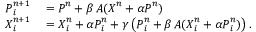
\begin{array} { r l } { \ensuremath { \boldsymbol { P } } _ { i } ^ { n + 1 } } & { { } = \ensuremath { \boldsymbol { P } } ^ { n } + \beta \, \ensuremath { \boldsymbol { A } } ( \ensuremath { \boldsymbol { X } } ^ { n } + \alpha \ensuremath { \boldsymbol { P } } ^ { n } ) } \\ { \ensuremath { \boldsymbol { X } } _ { i } ^ { n + 1 } } & { { } = \ensuremath { \boldsymbol { X } } _ { i } ^ { n } + \alpha \ensuremath { \boldsymbol { P } } _ { i } ^ { n } + \gamma \left( \ensuremath { \boldsymbol { P } } _ { i } ^ { n } + \beta \, \ensuremath { \boldsymbol { A } } ( \ensuremath { \boldsymbol { X } } _ { i } ^ { n } + \alpha \ensuremath { \boldsymbol { P } } _ { i } ^ { n } ) \right) . } \end{array}